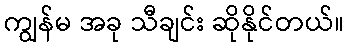
ကျွန်မ အခု သီချင်း ဆိုနိုင်တယ်။